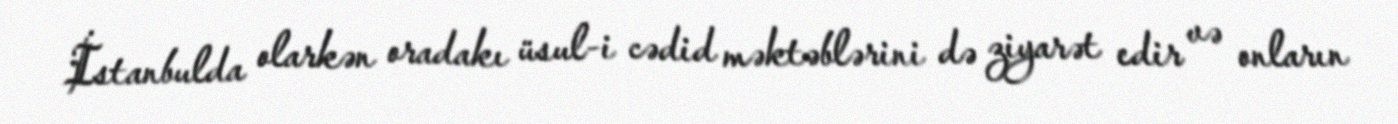
İstanbulda olarkən oradakı üsul-i cədid məktəblərini də ziyarət edir və onların